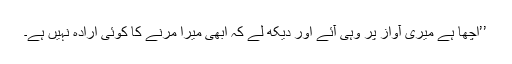
’’اچھا ہے میری آواز پر وہی آئے اور دیکھ لے کہ ابھی میرا مرنے کا کوئی ارادہ نہیں ہے۔